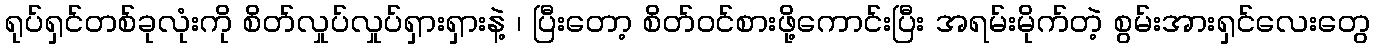
ရုပ်ရှင်တစ်ခုလုံးကို စိတ်လှုပ်လှုပ်ရှားရှားနဲ့ ၊ ပြီးတော့ စိတ်ဝင်စားဖို့ကောင်းပြီး အရမ်းမိုက်တဲ့ စွမ်းအားရှင်လေးတွေ